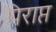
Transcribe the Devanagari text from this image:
पिराप्त